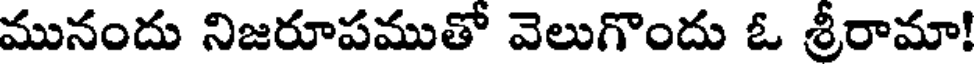
మునందు నిజరూపముతో వెలుగొందు ఓ శ్రీరామా!